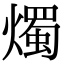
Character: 燭